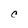
Character: C